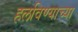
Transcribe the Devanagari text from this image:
हलविण्याच्या